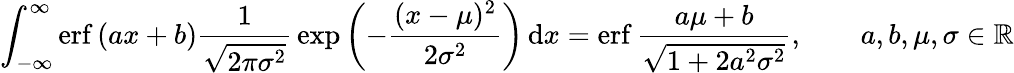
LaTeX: \int_{-\infty}^{\infty}\operatorname{erf}\left(ax+b\right){\frac{1}{\sqrt{2\pi\sigma^{2}}}}\exp\left(-{\frac{(x-\mu)^{2}}{2\sigma^{2}}}\right)\, \mathrm{d}x=\operatorname{erf}{\frac{a\mu+b}{\sqrt{1+2a^{2}\sigma^{2}}}},\qquad a,b,\mu,\sigma\in\mathbb{R}